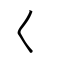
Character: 𡿨